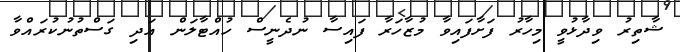
ޝާތިރު ވިދާޅުވީ މިހާރު ފަށާފައިވާ މުޒާހަރާ ފައިސާ ނުދެނީސް ހުއްޓާލަން އަދި ގަސްތުނުކުރައްވާ